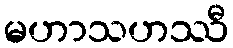
မဟာသဟဿီ